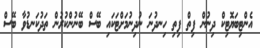
އެންޓިބަޔޮޓިކް ދިނުން ފިތް ފިތި ހިނދުނަ ނުދިނުމަށްޓަކައި ބޭސް ބޭނުންކުރުން ތަދުކަނޑުވާ ބޭސް